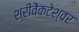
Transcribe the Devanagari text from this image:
श्रीवेंकटेश्वर